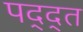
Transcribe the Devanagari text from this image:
पद्द्त